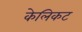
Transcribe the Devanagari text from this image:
केलिकट